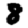
Digit: 8